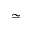
\simeq